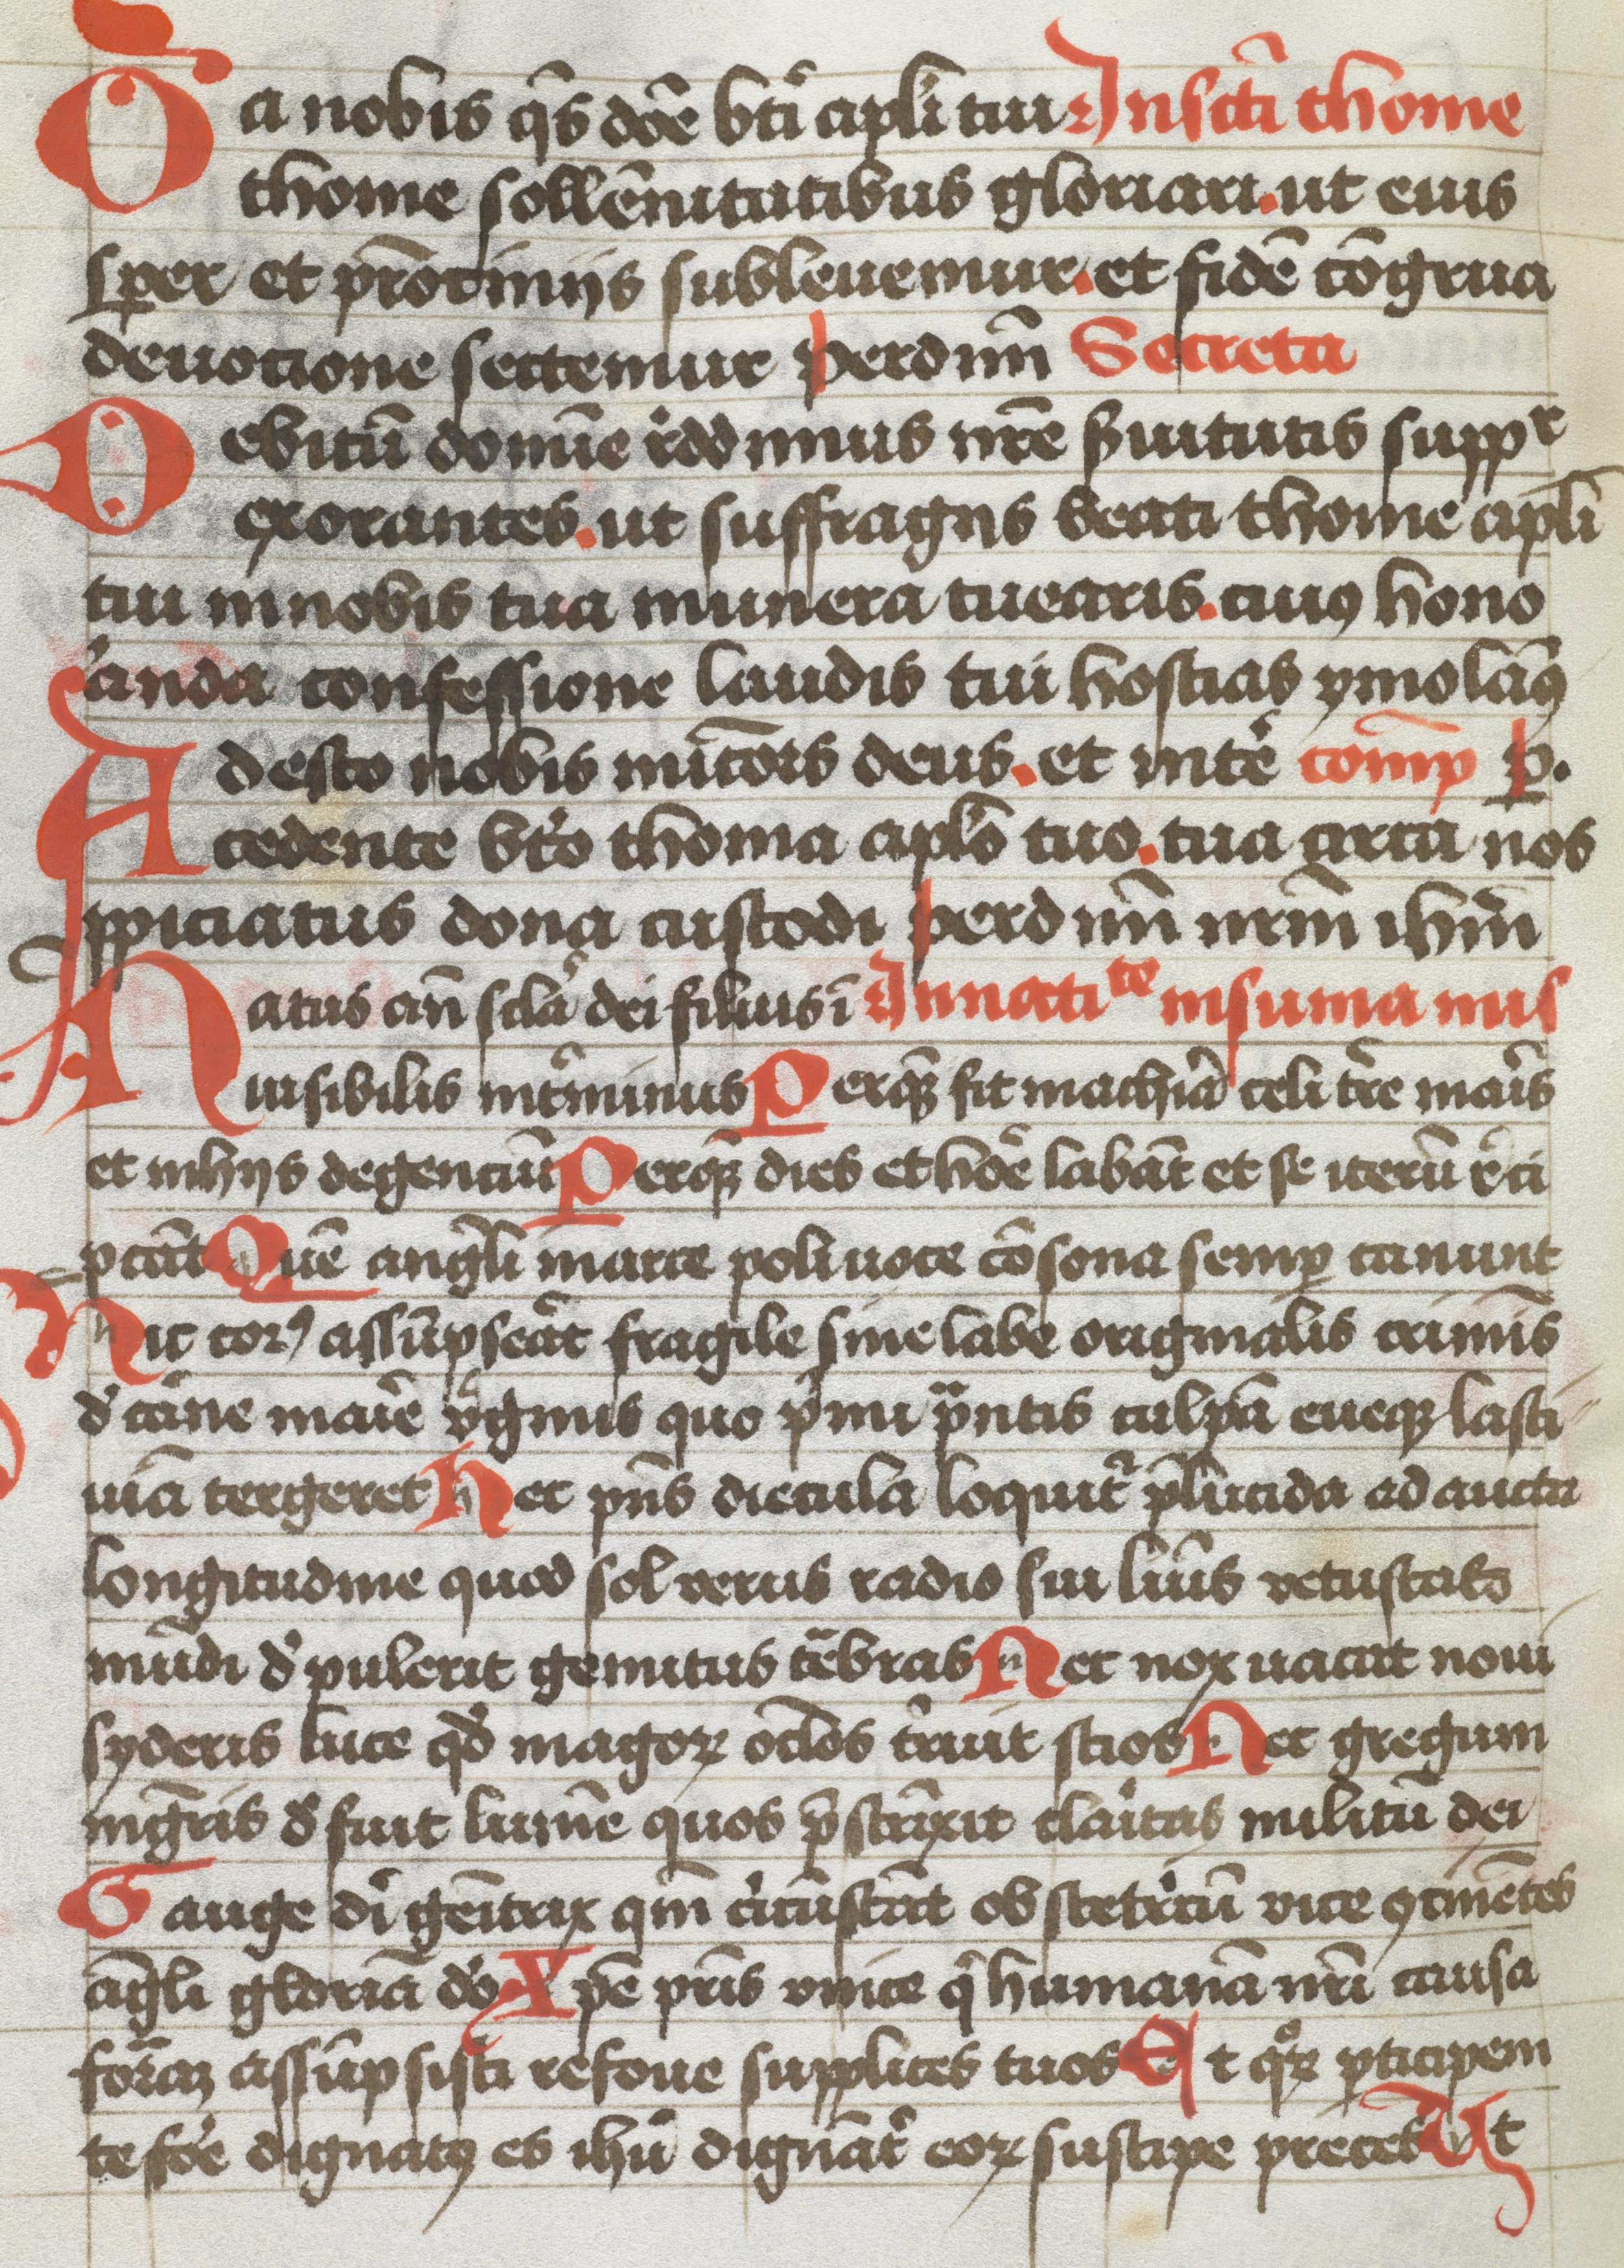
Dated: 1483–1483